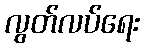
လွတ်လပ်ရေး